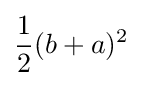
{\frac {1}{2}}(b+a)^{2}